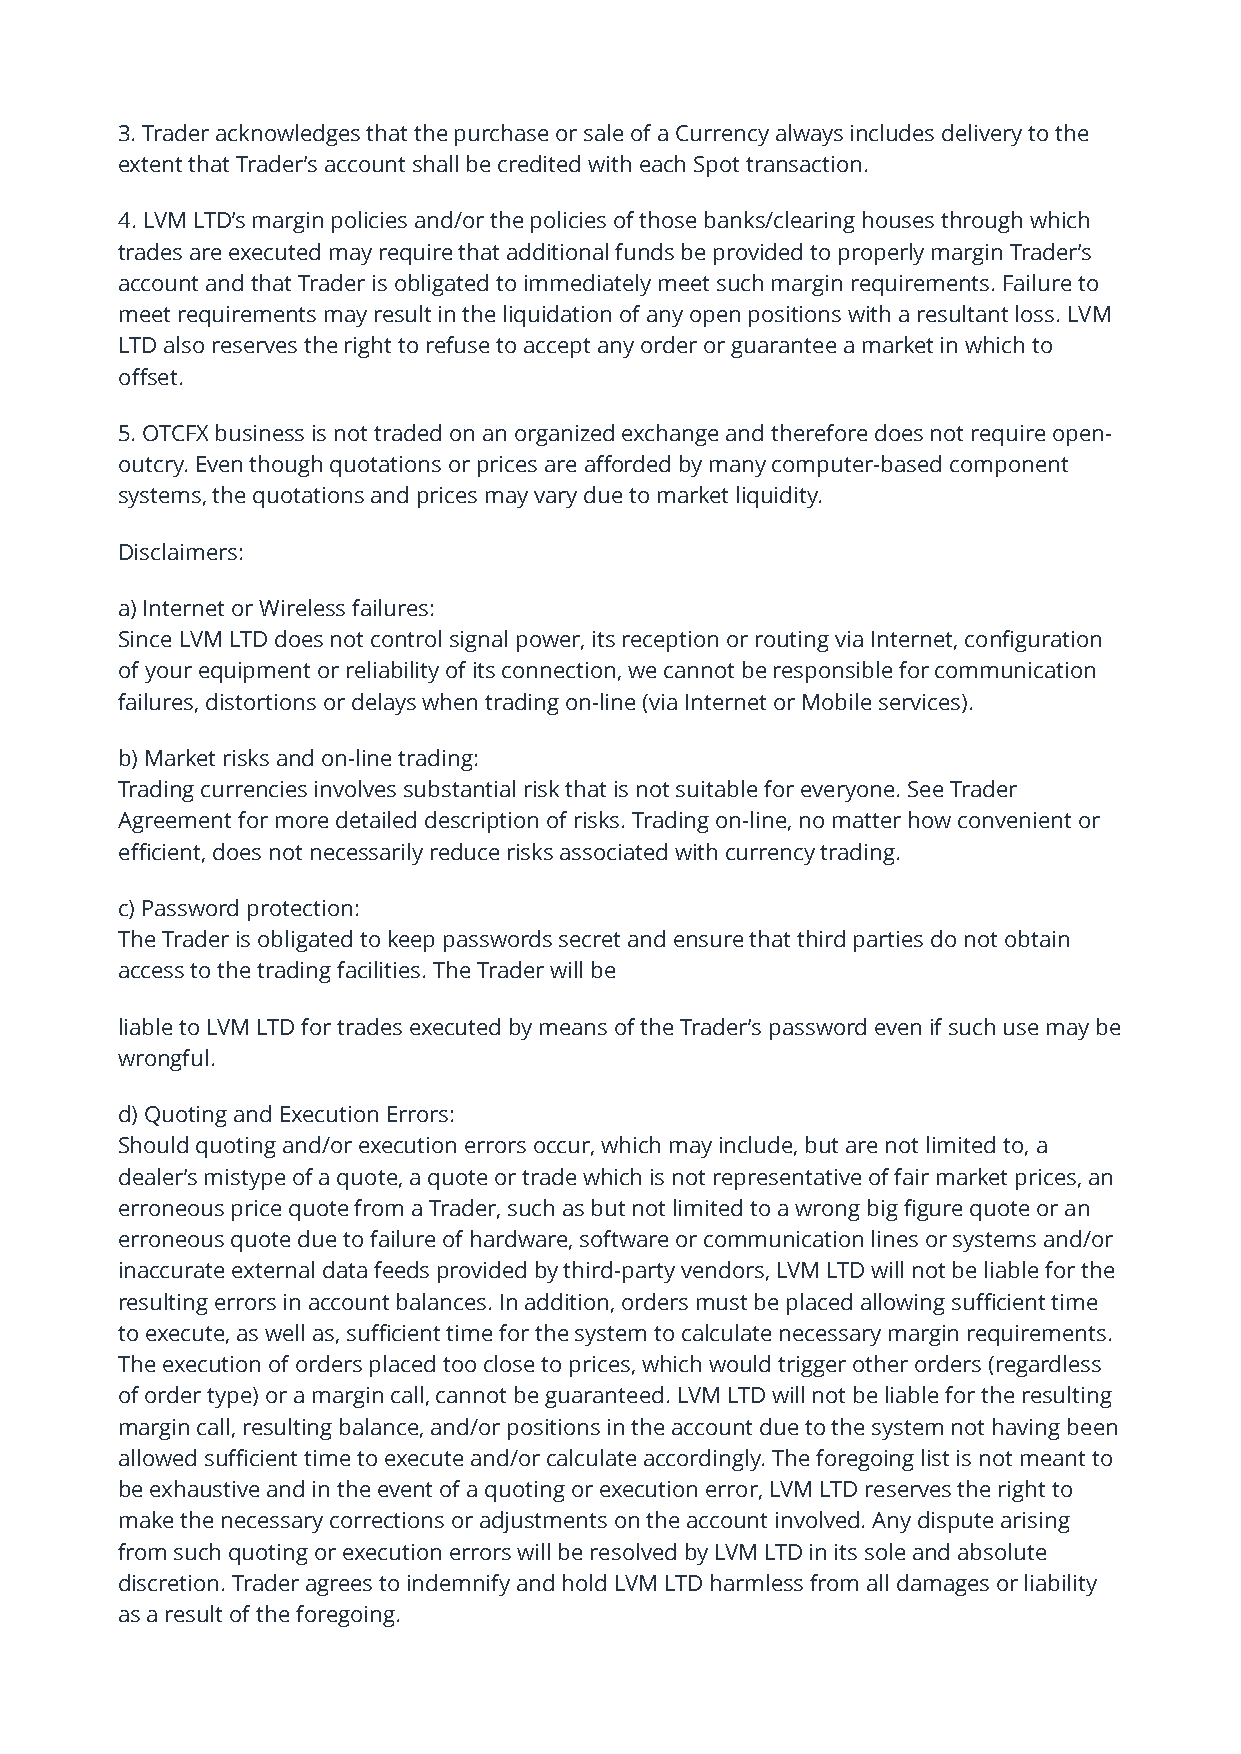
3. Trader acknowledges that the purchase or sale of a Currency always includes delivery to the
 extent that Trader’s account shall be credited with each Spot transaction.
 4. LVM LTD’s margin policies and/or the policies of those banks/clearing houses through which
 trades are executed may require that additional funds be provided to properly margin Trader’s
 account and that Trader is obligated to immediately meet such margin requirements. Failure to
 meet requirements may result in the liquidation of any open positions with a resultant loss. LVM
 LTD also reserves the right to refuse to accept any order or guarantee a market in which to
 offset.
 5. OTCFX business is not traded on an organized exchange and therefore does not require open-
 outcry. Even though quotations or prices are afforded by many computer-based component
 systems, the quotations and prices may vary due to market liquidity.
 Disclaimers:
 a) Internet or Wireless failures:
 Since LVM LTD does not control signal power, its reception or routing via Internet, configuration
 of your equipment or reliability of its connection, we cannot be responsible for communication
 failures, distortions or delays when trading on-line (via Internet or Mobile services).
 b) Market risks and on-line trading:
 Trading currencies involves substantial risk that is not suitable for everyone. See Trader
 Agreement for more detailed description of risks. Trading on-line, no matter how convenient or
 efficient, does not necessarily reduce risks associated with currency trading.
 c) Password protection:
 The Trader is obligated to keep passwords secret and ensure that third parties do not obtain
 access to the trading facilities. The Trader will be
 liable to LVM LTD for trades executed by means of the Trader’s password even if such use may be
 wrongful.
 d) Quoting and Execution Errors:
 Should quoting and/or execution errors occur, which may include, but are not limited to, a
 dealer’s mistype of a quote, a quote or trade which is not representative of fair market prices, an
 erroneous price quote from a Trader, such as but not limited to a wrong big figure quote or an
 erroneous quote due to failure of hardware, software or communication lines or systems and/or
 inaccurate external data feeds provided by third-party vendors, LVM LTD will not be liable for the
 resulting errors in account balances. In addition, orders must be placed allowing sufficient time
 to execute, as well as, sufficient time for the system to calculate necessary margin requirements.
 The execution of orders placed too close to prices, which would trigger other orders (regardless
 of order type) or a margin call, cannot be guaranteed. LVM LTD will not be liable for the resulting
 margin call, resulting balance, and/or positions in the account due to the system not having been
 allowed sufficient time to execute and/or calculate accordingly. The foregoing list is not meant to
 be exhaustive and in the event of a quoting or execution error, LVM LTD reserves the right to
 make the necessary corrections or adjustments on the account involved. Any dispute arising
 from such quoting or execution errors will be resolved by LVM LTD in its sole and absolute
 discretion. Trader agrees to indemnify and hold LVM LTD harmless from all damages or liability
 as a result of the foregoing.